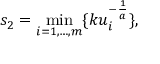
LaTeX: s _ { 2 } = \operatorname* { m i n } _ { i = 1 , \ldots , m } \{ k u _ { i } ^ { - { \frac { 1 } { a } } } \} ,